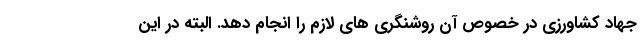
جهاد کشاورزی در خصوص آن روشنگری های لازم را انجام دهد. البته در این